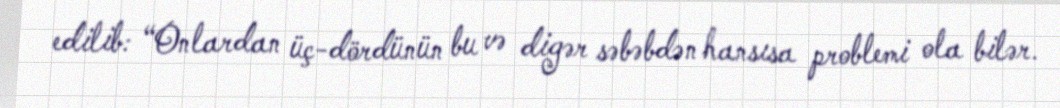
edilib: “Onlardan üç-dördünün bu və digər səbəbdən hansısa problemi ola bilər.